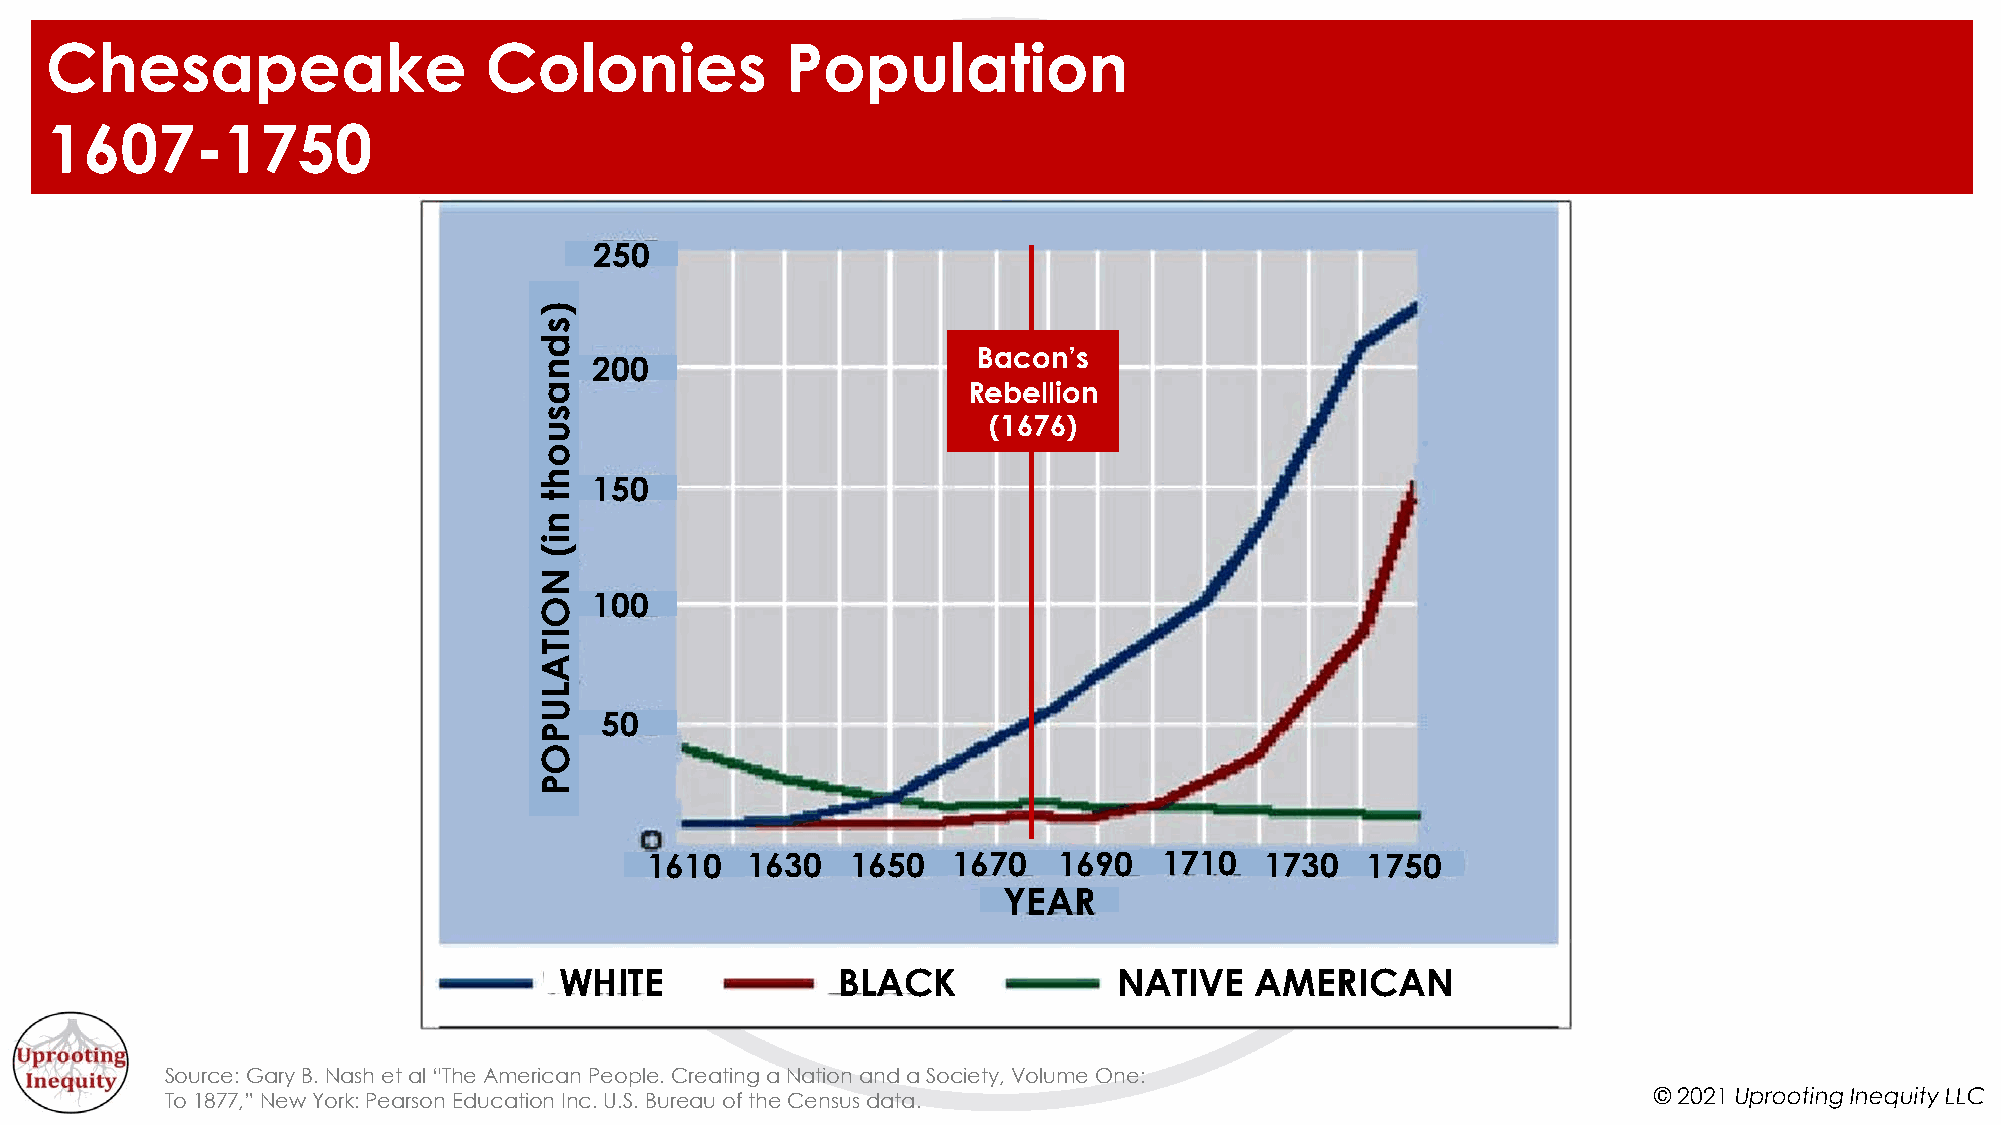
Chesapeake                   Colonies            Population
 1607-1750
 250
 Bacon’s
 200
 Rebellion
 (1676)
 150
 100
 50
 1610  1630   1650   1670   1690   1710   1730  1750
 YEAR
 WHITE             BLACK              NATIVE   AMERICAN
 Source: Gary B. Nash et al “The American People. Creating a Nation and a Society, Volume One:
 To 1877,” New York: Pearson Education Inc. U.S. Bureau of the Census data.                        © 2021 Uprooting Inequity LLC
 )sdnasuoht
 ni(
 NOITALUPOP